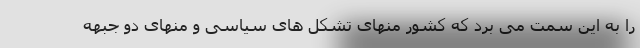
را به این سمت می برد که کشور منهای تشکل های سیاسی و منهای دو جبهه